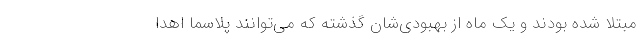
مبتلا شده بودند و یک ماه از بهبودی‌شان گذشته که می‌توانند پلاسما اهدا